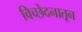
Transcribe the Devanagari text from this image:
विच्छेदनातून